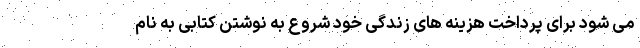
می شود برای پرداخت هزینه های زندگی خود شروع به نوشتن کتابی به نام